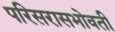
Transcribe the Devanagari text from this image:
परिसरासभोवती